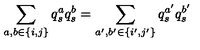
\sum _ { a , b \in \{ i , j \} } q _ { s } ^ { a } q _ { s } ^ { b } = \sum _ { a ^ { \prime } , b ^ { \prime } \in \{ i ^ { \prime } , j ^ { \prime } \} } q _ { s } ^ { a ^ { \prime } } q _ { s } ^ { b ^ { \prime } }